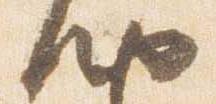
納